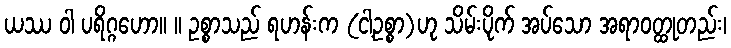
ယဿ ဝါ ပရိဂ္ဂဟော။ ။ ဥစ္စာသည် ရဟန်းက (ငါ့ဥစ္စာ)ဟု သိမ်းပိုက် အပ်သော အရာဝတ္ထုတည်း၊